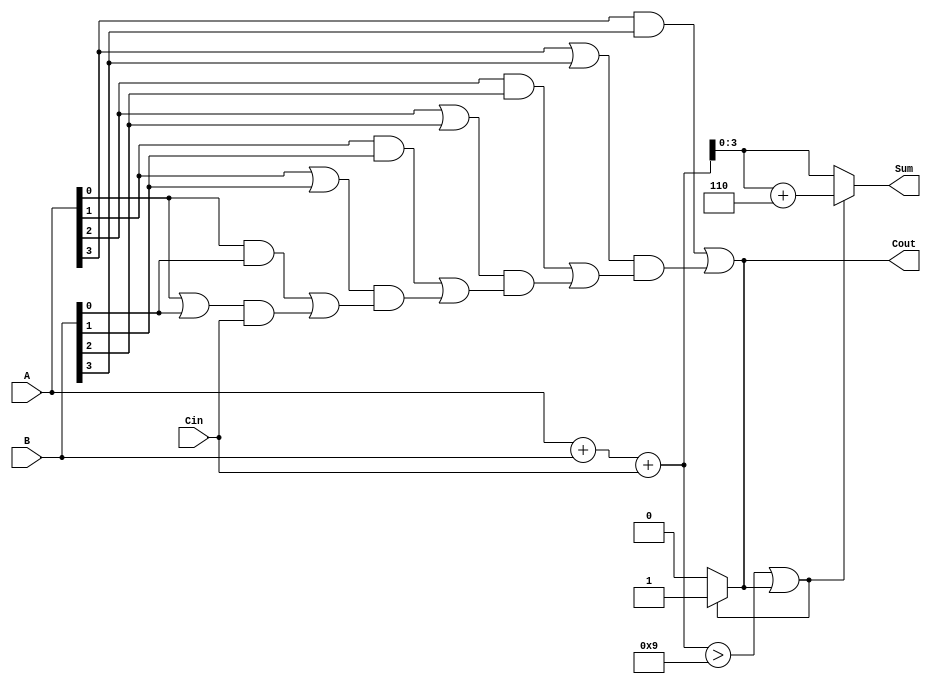
module BCD_Carry_Lookahead_Adder (
    input [3:0] A,        // First BCD digit
    input [3:0] B,        // Second BCD digit
    input Cin,            // Carry input
    output reg [3:0] Sum, // BCD sum output
    output reg Cout       // Carry output
);

    wire [4:0] binary_sum; // 5 bits to accommodate carry
    wire [3:0] G;          // Generate signals
    wire [3:0] P;          // Propagate signals
    wire C1, C2, C3;       // Intermediate carry signals

    // Binary sum calculation
    assign binary_sum = A + B + Cin;

    // Generate and propagate signals
    assign G[0] = A[0] & B[0];
    assign G[1] = A[1] & B[1];
    assign G[2] = A[2] & B[2];
    assign G[3] = A[3] & B[3];

    assign P[0] = A[0] | B[0];
    assign P[1] = A[1] | B[1];
    assign P[2] = A[2] | B[2];
    assign P[3] = A[3] | B[3];

    // Carry lookahead logic
    assign C1 = G[0] | (P[0] & Cin);
    assign C2 = G[1] | (P[1] & C1);
    assign C3 = G[2] | (P[2] & C2);
    assign Cout = G[3] | (P[3] & C3);

    // BCD correction logic
    always @(*) begin
        if (binary_sum > 9 || Cout) begin
            Sum = binary_sum + 4'b0110; // Add 6 to correct BCD
            Cout = 1; // Set carry out
        end else begin
            Sum = binary_sum[3:0]; // Use lower 4 bits
            Cout = 0; // No carry out
        end
    end

endmodule